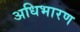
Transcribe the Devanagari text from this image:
अधिभारण